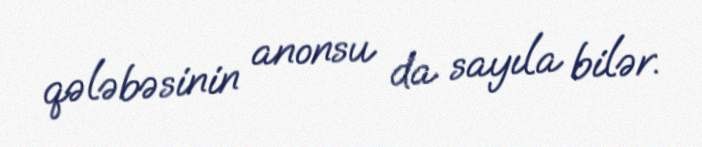
qələbəsinin anonsu da sayıla bilər.